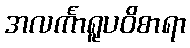
အလင်္ကာရူပဝိစာရာ